Report on sanitation, dispensaries, and jails in Rajputana for 1909, and on vaccination for the year 1909-1910 - 1909-1910
Year: 1909
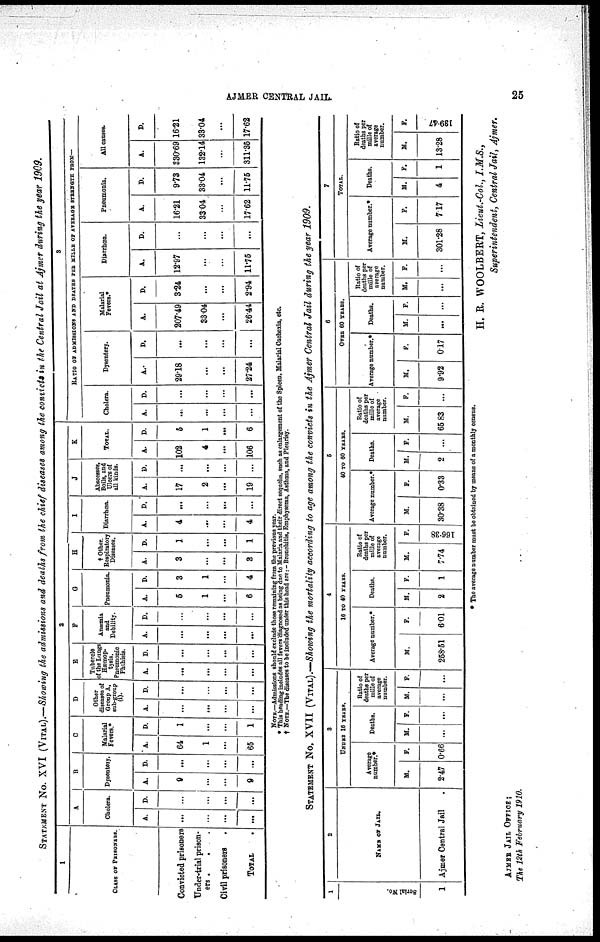
AJMER CENTRAL JAIL.
25
STATEMENT NO. XVI (VITAL).—Showing the admissions and deaths from the chief diseases among the convicts in the Central Jail at Ajmer during the year 1909.
1
CLASS OF PRISONERS.
Convicted prisoners
Under-trial prison¬
ers .
. .
Civil prisoners .
TOTAL
.
2
A
Cholera.
A.
...
...
...
...
D.
...
...
...
...
B
Dysentery.
A.
9
...
...
9
D.
...
...
...
...
C
Malarial
Fevers.*
A.
64
1
...
65
D.
1
...
...
1
D
Other
diseases of
Group A,
sub-group
(i).
A.
...
...
...
. . .
D.
...
...
...
. . .
E
Tubercle
of the Langs
Hæmop¬
tysis.
Pneumonic
Phthisis.
A.
...
...
...
...
D.
...
...
...
...
F
Anæmia
and
Debility.
A.
...
...
...
...
D.
...
...
...
...
G
Pneumonia.
A.
5
1
...
6
D.
3
1
...
4
H
† Other.
Respiratory
Diseases.
A.
3
...
...
3
D.
1
...
...
1
I
Diarrhœa.
A.
4
...
...
4
D.
...
...
...
...
J
Abscesses,
Boils, and
Ulcers of
all kinds.
A.
17
2
...
19
D.
...
...
...
...
K
TOTAL.
A.
102
4
...
106
D.
5
1
...
6
3
RATIO OF ADMISSIONS AND DEATHS PER MILLE OF AVERAGE STRENGTH FROM—
Cholera.
A.
...
...
...
...
D.
...
...
...
...
Dysentery.
A.
29.18
...
...
27.24
D.
...
...
...
...
Malarial
Fevers.*
A.
207.49
33.04
...
26.44
D.
3.24
...
...
2.94
Diarrhœa.
A.
12.97
...
...
11.75
D.
...
...
...
...
Pneumonia.
A.
16.21
33.04
...
17.62
D.
9.73
33.04
...
11.75
All causes.
A.
330.69
132.14
...
311.35
D.
16.21
33.04
...
17.62
NOTE.—Admissions should exclude those remaining from the previous year.
* This heading includes all fevers diagnosed as being due to Malaria and their direct sequciæ, such as enlargement of the Spleen. Malarial Cachexia, etc.
† NOTE.—The diseases to be included under this head are: -Bronchitis, Emphysema, Asthma, and Pleurisy.
STATEMENT NO. XVII (VITAL).—Showing the mortality according to age among the convicts in the Ajmer Central Jail during the year 1909.
1
Serial No.
1
2
NAME OF JAIL.
Ajmer Central Jail .
3
UNDER 16 YEARS.
Average
number.*
M.
2.47
F.
0.66
Deaths.
M.
...
F.
...
Ratio of
deaths per
mille of
average
number.
M.
...
F.
...
4
16 TO 40 YEARS.
Average number.*
M.
258.51
F.
6.01
Deaths.
M.
2
F.
1
Ratio of
deaths per
mille of
average
number.
M.
7.74
F.
166.38
5
40 TO 60 YEARS.
Average number.*
M.
30.38
F.
0.33
Deaths.
M.
2
F.
...
Ratio of
deaths per
mille of
average
number.
M.
65.83
F.
...
6
OVER 60 YEARS.
Average number.*
M.
9.92
F.
0.17
Deaths.
M.
...
F.
...
Ratio of
deaths per
mille of
average
number.
M.
...
F.
...
7
TOTAL.
Average number.*
M.
301.28
F.
7.17
Deaths.
M.
4
F.
1
Ratio of
deaths per
mille of
average
number.
M.
13.28
F.
139.47
* The average number must be obtained by means of a monthly census.
H. R. WOOLBERT, Lieut.-Col., I.M.S.,
Superintendent, Central Jail, Ajmer.
AJMER JAIL OFFICE;
The 12th February 1910.